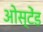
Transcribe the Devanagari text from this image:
ओस्टेंड